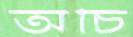
অচি